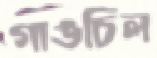
গাঙচিল